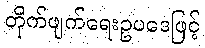
တိုက်ဖျက်ရေးဥပဒေဖြင့်